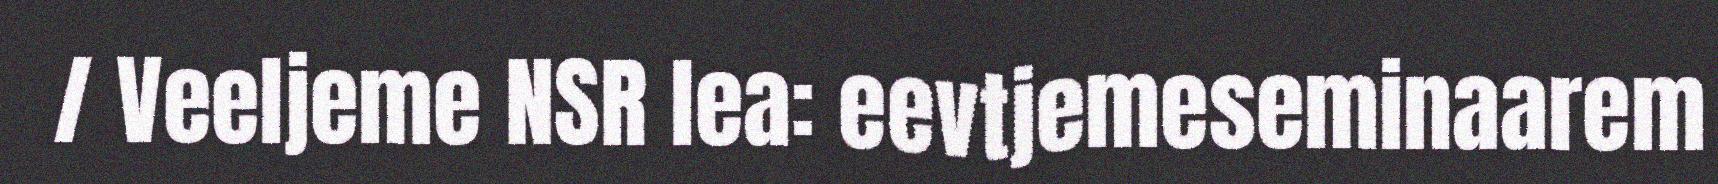
/ Veeljeme NSR lea: eevtjemeseminaarem